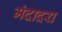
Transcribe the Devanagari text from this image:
मंदादरा